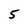
Character: 5